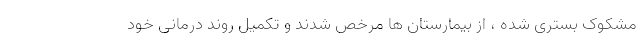
مشکوک بستری شده ، از بیمارستان ها مرخص شدند و تکمیل روند درمانی خود